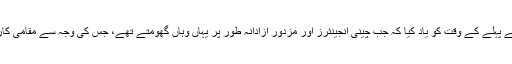
چند افراد نے 2006ء سے پہلے کے وقت کو یاد کیا کہ جب چینی انجینئرز اور مزدور آزادانہ طور پر یہاں وہاں گھومتے تھے، جس کی وجہ سے مقامی کاروبار کو تقویت ملی تھی۔